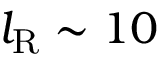
l _ { \mathrm { R } } \sim 1 0